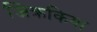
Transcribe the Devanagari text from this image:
जिक्रकिया